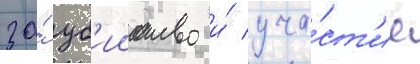
за́ уб'ииство и́ уча́ст'ие